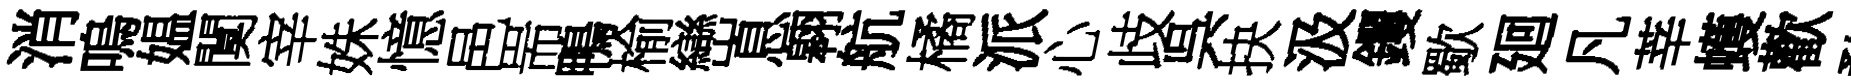
消嗚媪闃宰姝憶邑耑鴨榆巒息翱航橘派心歧呉抉汲钁歜廻凡莘蠖歡蝥